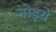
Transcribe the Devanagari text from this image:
नोइये